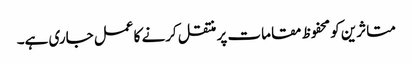
متاثرین کو محفوظ مقامات پر منتقل کرنے کا عمل جاری ہے۔